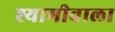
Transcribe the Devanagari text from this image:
श्यामीवाला